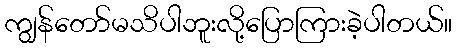
ကျွန်တော်မသိပါဘူးလို့ပြောကြားခဲ့ပါတယ်။